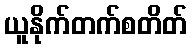
ယူနိုက်တက်စတိတ်